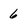
Character: 6